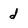
Character: d